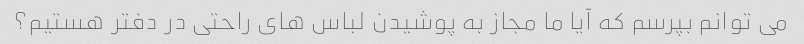
می توانم بپرسم که آیا ما مجاز به پوشیدن لباس های راحتی در دفتر هستیم؟